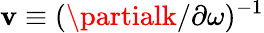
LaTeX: \mathbf{v}\equiv(\partialk/\partial\omega)^{-1}